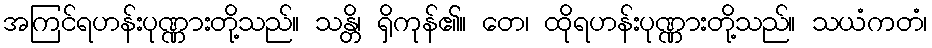
အကြင်ရဟန်းပုဏ္ဏားတို့သည်။ သန္တိ၊ ရှိကုန်၏။ တေ၊ ထိုရဟန်းပုဏ္ဏားတို့သည်။ သယံကတံ၊